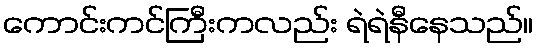
ကောင်းကင်ကြီးကလည်း ရဲရဲနီနေသည်။